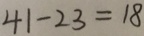
4 1 - 2 3 = 1 8